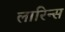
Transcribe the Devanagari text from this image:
लारिन्स